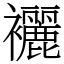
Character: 襹